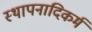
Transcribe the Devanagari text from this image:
स्थापनादिकर्म